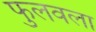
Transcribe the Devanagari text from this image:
फुलवला